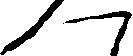
へ